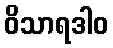
ဝိသာရဒါဝ